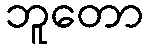
ဘူတော